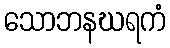
သောဘနဃရကံ